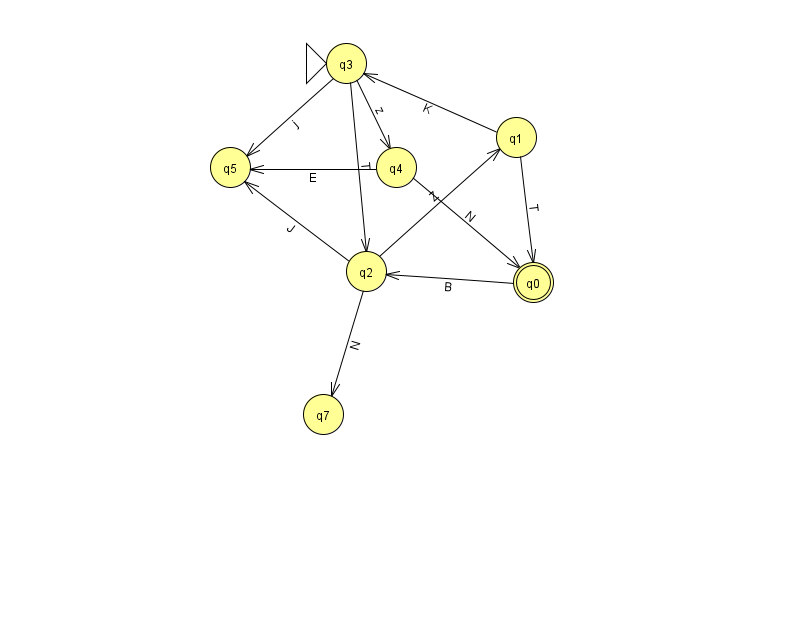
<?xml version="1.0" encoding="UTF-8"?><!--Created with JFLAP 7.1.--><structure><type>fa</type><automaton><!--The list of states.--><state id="0" name="q0"><x>533.0</x><y>269.0</y><final/></state><state id="1" name="q1"><x>516.0</x><y>124.0</y></state><state id="2" name="q2"><x>366.0</x><y>258.0</y></state><state id="3" name="q3"><x>346.0</x><y>50.0</y><initial/></state><state id="4" name="q4"><x>396.0</x><y>154.0</y></state><state id="5" name="q5"><x>230.0</x><y>154.0</y></state><state id="7" name="q7"><x>323.0</x><y>401.0</y></state><!--The list of transitions.--><transition><from>1</from><to>0</to><read>T</read></transition><transition><from>0</from><to>2</to><read>B</read></transition><transition><from>2</from><to>7</to><read>N</read></transition><transition><from>4</from><to>0</to><read>N</read></transition><transition><from>4</from><to>5</to><read>E</read></transition><transition><from>2</from><to>5</to><read>J</read></transition><transition><from>1</from><to>3</to><read>K</read></transition><transition><from>2</from><to>1</to><read>Z</read></transition><transition><from>3</from><to>5</to><read>j</read></transition><transition><from>3</from><to>2</to><read>T</read></transition><transition><from>3</from><to>4</to><read>z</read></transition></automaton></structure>